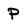
Character: P